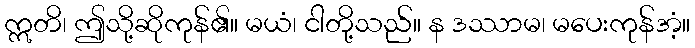
ဣတိ၊ ဤသို့ဆိုကုန်၏။ မယံ၊ ငါတို့သည်။ န ဒဿာမ၊ မပေးကုန်အံ့။